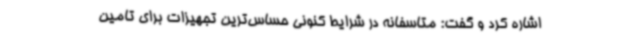
اشاره کرد و گفت: متاسفانه در شرایط کنونی حساس‌ترین تجهیزات برای تامین